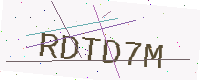
Text: RDTD7M